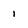
Character: 1